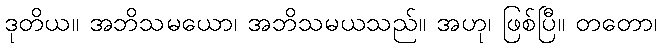
ဒုတိယ။ အဘိသမယော၊ အဘိသမယသည်။ အဟု၊ ဖြစ်ပြီ။ တတော၊